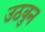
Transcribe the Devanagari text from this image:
उठवुन